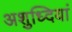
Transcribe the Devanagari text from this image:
अशुध्दियां